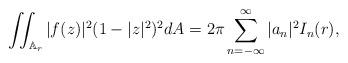
LaTeX: \begin{align*} \iint_{\mathbb{A}_{r}} |f(z)|^{2}(1-|z|^2)^2 dA= 2\pi\sum_{n=-\infty}^{\infty} |a_n|^{2} I_{n}(r), \end{align*}